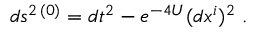
d s ^ { 2 \, ( 0 ) } = d t ^ { 2 } - e ^ { - 4 U } ( d x ^ { i } ) ^ { 2 } \ .